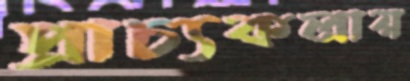
প্রাচ্যকলায়